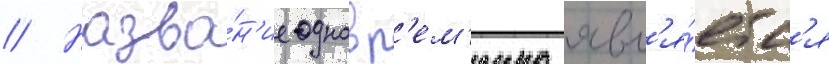
// Назва́н'ие одновр'ем'енно явл'я́етс'я